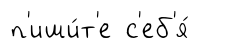
п'иши́т'е с'еб'я́